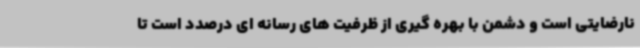
نارضایتی است و دشمن با بهره گیری از ظرفیت های رسانه ای درصدد است تا